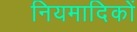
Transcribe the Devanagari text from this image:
नियमादिकों